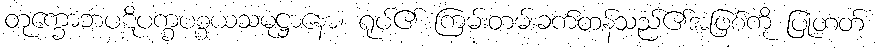
တုက္ခောဘပဋိပက္ခပစ္စယသမုဋ္ဌာနော၊ ရုပ်၏ ကြမ်းတမ်းခက်ထန်သည်၏အဖြစ်ကို ပြုတတ်